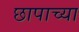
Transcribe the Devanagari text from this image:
छापाच्या